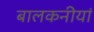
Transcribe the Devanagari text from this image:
बालकनीयां